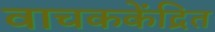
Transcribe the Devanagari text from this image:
वाचककेंद्रित